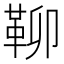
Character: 𩊅